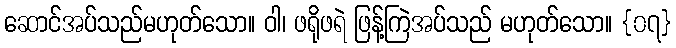
ဆောင်အပ်သည်မဟုတ်သော။ ဝါ၊ ဖရိုဖရဲ ဖြန့်ကြဲအပ်သည် မဟုတ်သော။ {၀၇}